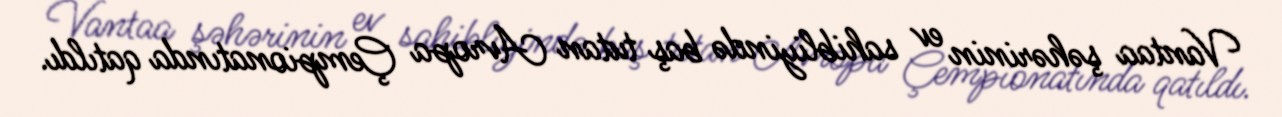
Vantaa şəhərinin ev sahibliyində baş tutan Avropa Çempionatında qatıldı.